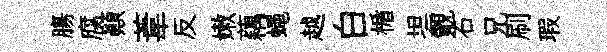
膓腐顚葦反嫩藕蠅越白楯坦覿石兄刷瑕